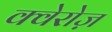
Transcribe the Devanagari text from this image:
क्वेरोज़